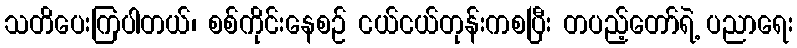
သတိပေးကြပါတယ်၊ စစ်ကိုင်းနေစဉ် ငယ်ငယ်တုန်းကစပြီး တပည့်တော်ရဲ့ ပညာရေး